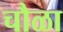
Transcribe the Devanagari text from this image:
चौळा